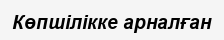
Көпшілікке арналған